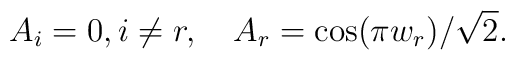
A_{i}=0,i\neq r,\quad A_{r}=\cos (\pi w_{r})/\sqrt{2}.